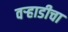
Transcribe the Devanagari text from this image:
वऱ्हाडीचा